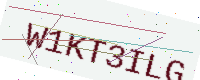
Text: W1KT3ILG